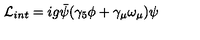
{ \cal L } _ { i n t } = i g \bar { \psi } ( \gamma _ { 5 } \phi + \gamma _ { \mu } \omega _ { \mu } ) \psi